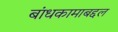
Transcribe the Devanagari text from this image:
बांधकामाबद्दल